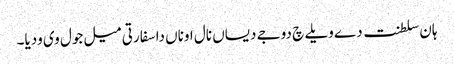
ہان سلطنت دے ویلے چ دوجے دیساں نال اوناں دا سفارتی میل جول وی ودیا۔